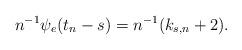
LaTeX: \begin{align*}n^{-1} \psi_e(t_n-s) = n^{-1}( k_{s,n}+2).\end{align*}